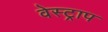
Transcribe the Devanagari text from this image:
वेस्ट्राप